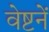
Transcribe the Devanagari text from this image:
वेष्टनें